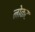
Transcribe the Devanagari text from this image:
नोकट